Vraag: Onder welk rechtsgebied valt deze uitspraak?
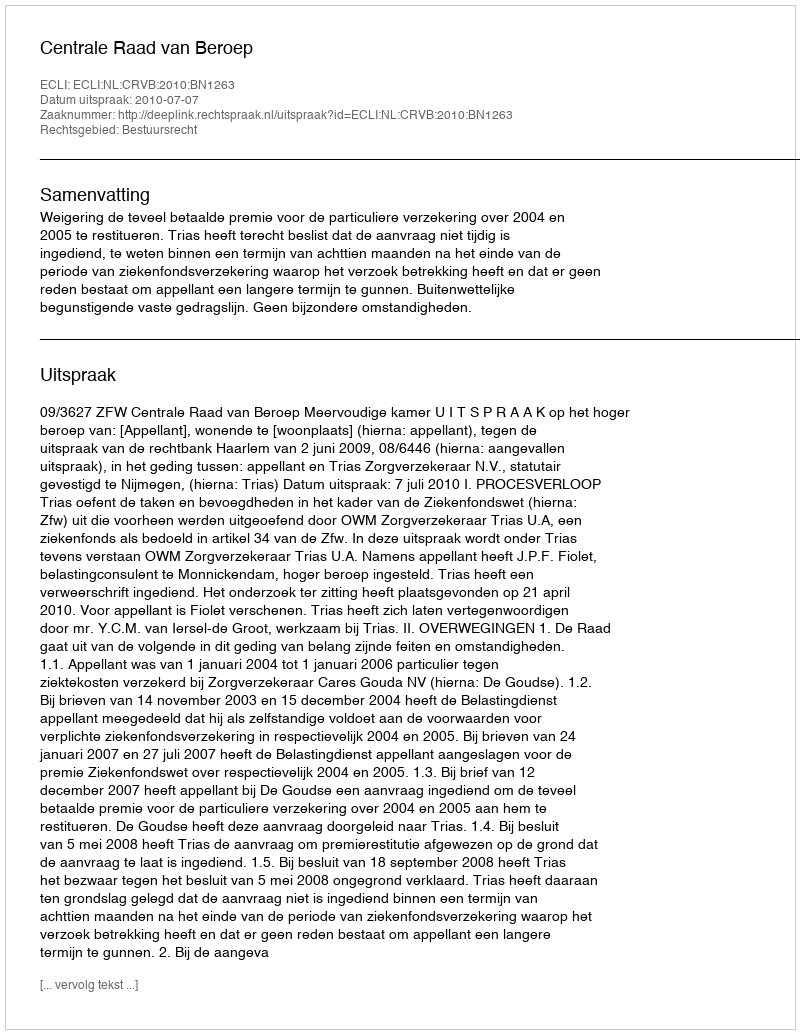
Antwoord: Bestuursrecht